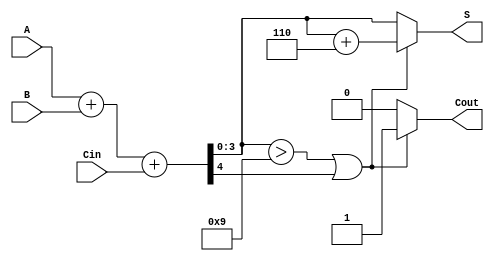
module BCD_Ripple_Carry_Adder(
    input [3:0] A,    // 4-bit BCD digit A
    input [3:0] B,    // 4-bit BCD digit B
    input Cin,        // Carry-in
    output reg [3:0] S, // 4-bit sum output
    output reg Cout    // Carry-out
);

    wire [4:0] sum; // 5-bit sum to accommodate carry
    wire [3:0] corrected_sum;
    wire correction_needed;

    // 4-bit ripple carry adder
    assign sum = A + B + Cin;

    // Check if correction is needed (sum > 9 or Cout = 1)
    assign correction_needed = (sum[3:0] > 4'b1001) || sum[4]; // sum[4] is the carry out

    // Apply correction if necessary
    always @(*) begin
        if (correction_needed) begin
            corrected_sum = sum[3:0] + 4'b0110; // Add 6 (0110) to make it valid BCD
            Cout = 1; // Set carry-out
        end else begin
            corrected_sum = sum[3:0]; // No correction needed
            Cout = 0; // No carry-out
        end
        
        S = corrected_sum; // Assign final BCD sum
    end

endmodule